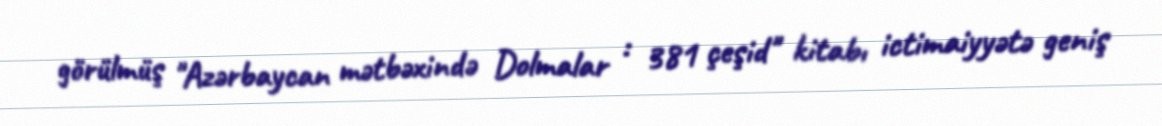
görülmüş "Azərbaycan mətbəxində Dolmalar : 381 çeşid" kitabı ictimaiyyətə geniş